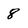
Character: 8